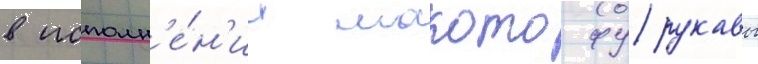
в исполн'е́н'ии макото фурукавы